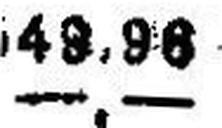
—.—